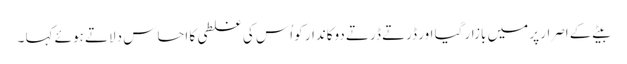
بیٹے کے اصرار پر میں بازار گیا اور ڈرتے ڈرتے دوکاندار کو اُس کی غلطی کا احساس دلاتے ہوئے کہا ۔